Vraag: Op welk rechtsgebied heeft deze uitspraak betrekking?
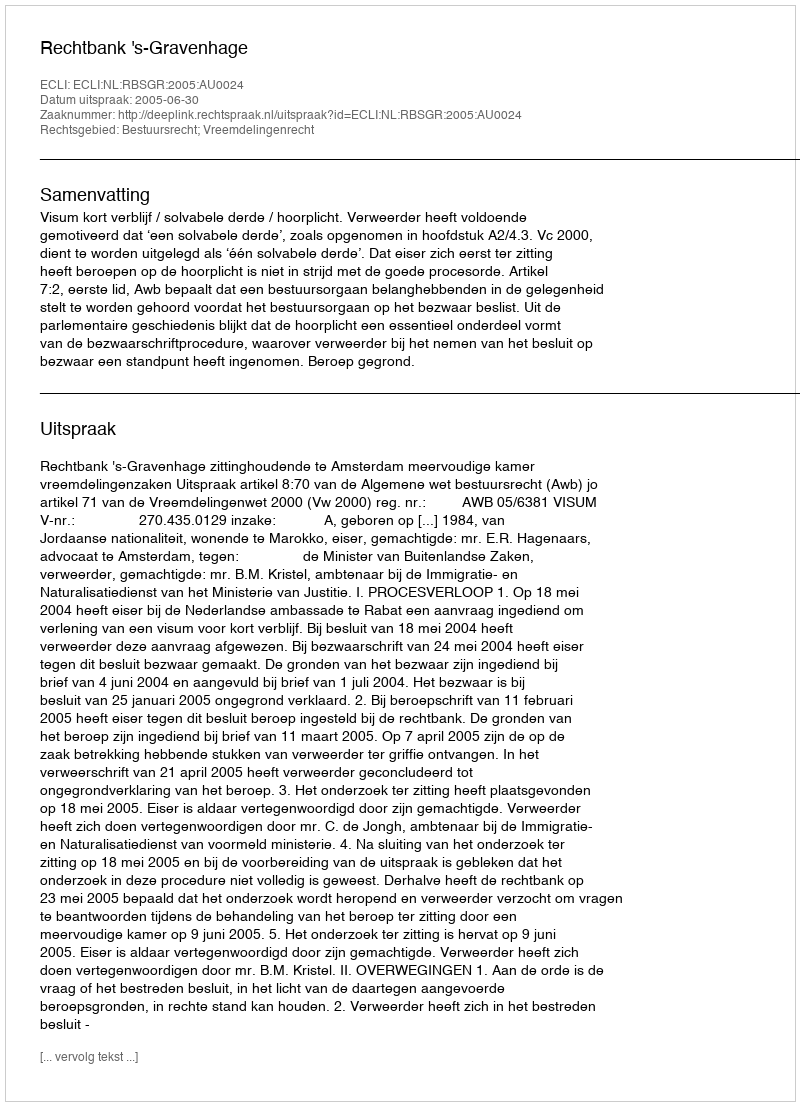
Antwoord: Bestuursrecht; Vreemdelingenrecht